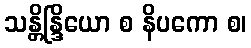
သန္တိန္ဒြိယော စ နိပကော စ၊